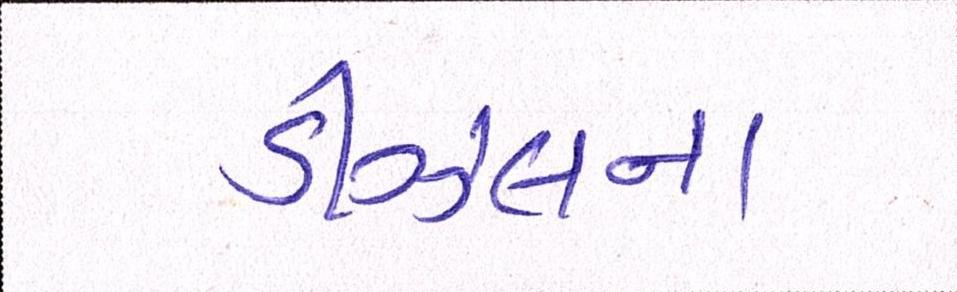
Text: ડીઝલના